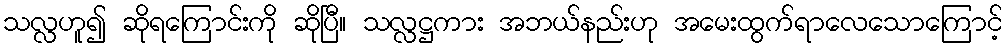
သလ္လဟူ၍ ဆိုရကြောင်းကို ဆိုပြီ။ သလ္လဋ္ဌကား အဘယ်နည်းဟု အမေးထွက်ရာလေသောကြောင့်